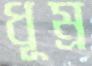
ধূম্র